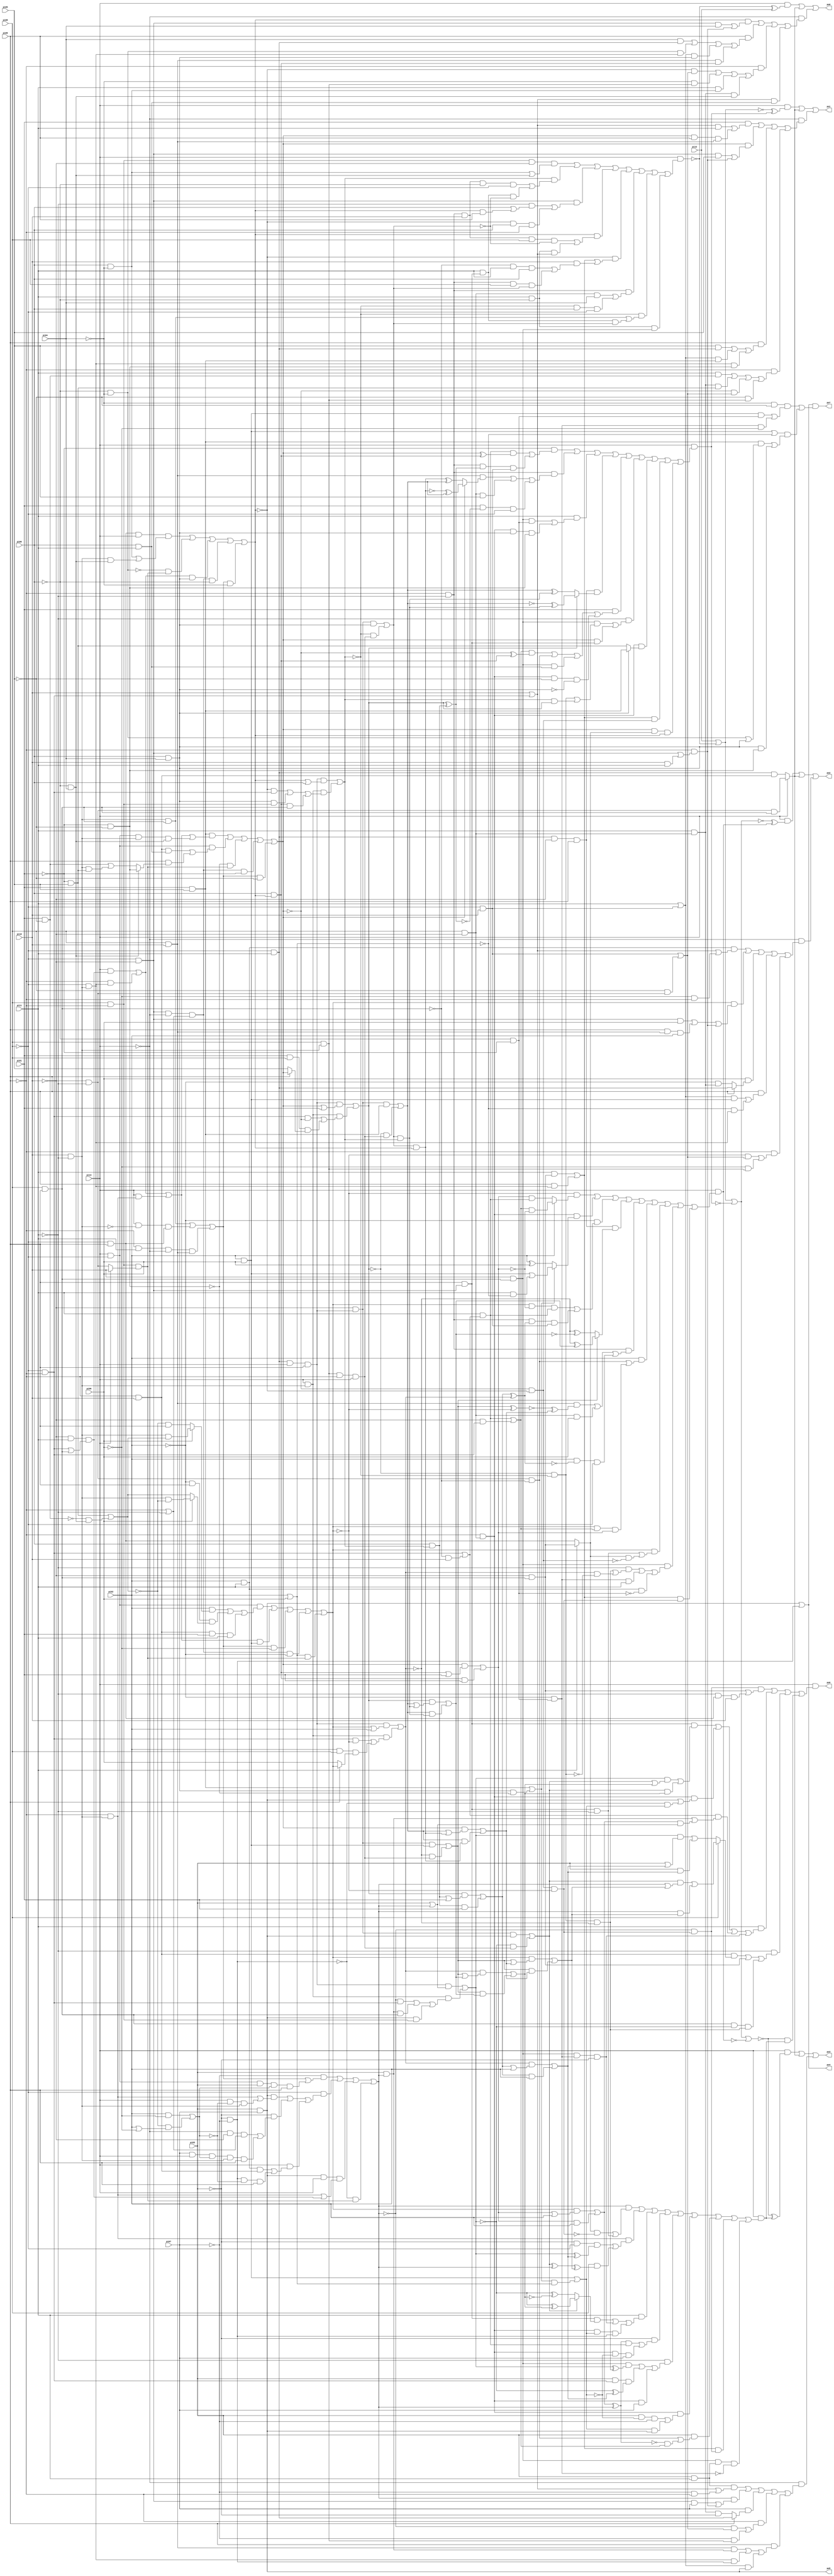
// Benchmark "alu4_cl" written by ABC on Thu Mar 19 13:02:36 2020

module alu4_cl ( 
    pi00, pi01, pi02, pi03, pi04, pi05, pi06, pi07, pi08, pi09, pi10, pi11,
    pi12, pi13,
    po0, po1, po2, po3, po4, po5, po6, po7  );
  input  pi00, pi01, pi02, pi03, pi04, pi05, pi06, pi07, pi08, pi09,
    pi10, pi11, pi12, pi13;
  output po0, po1, po2, po3, po4, po5, po6, po7;
  wire new_n31_, new_n32_, new_n33_, new_n34_, new_n35_, new_n36_, new_n37_,
    new_n38_, new_n39_, new_n40_, new_n41_, new_n42_, new_n43_, new_n44_,
    new_n45_, new_n46_, new_n47_, new_n48_, new_n49_, new_n50_, new_n51_,
    new_n52_, new_n53_, new_n54_, new_n55_, new_n56_, new_n57_, new_n58_,
    new_n59_, new_n60_, new_n61_, new_n62_, new_n63_, new_n64_, new_n65_,
    new_n66_, new_n67_, new_n68_, new_n69_, new_n70_, new_n71_, new_n72_,
    new_n73_, new_n74_, new_n75_, new_n76_, new_n77_, new_n78_, new_n79_,
    new_n80_, new_n81_, new_n82_, new_n83_, new_n84_, new_n85_, new_n86_,
    new_n87_, new_n88_, new_n89_, new_n90_, new_n91_, new_n92_, new_n93_,
    new_n94_, new_n95_, new_n96_, new_n97_, new_n98_, new_n99_, new_n100_,
    new_n101_, new_n102_, new_n103_, new_n104_, new_n105_, new_n106_,
    new_n107_, new_n108_, new_n109_, new_n110_, new_n111_, new_n112_,
    new_n113_, new_n114_, new_n115_, new_n116_, new_n117_, new_n118_,
    new_n119_, new_n120_, new_n121_, new_n122_, new_n123_, new_n124_,
    new_n125_, new_n126_, new_n127_, new_n128_, new_n129_, new_n130_,
    new_n131_, new_n132_, new_n133_, new_n134_;
  assign po0 = (pi13 & (~new_n103_ ^ pi12)) | new_n54_ | (~pi13 & ((new_n105_ & ((new_n57_ & pi04) | (~pi09 & new_n62_))) | (pi09 & ((pi04 & new_n60_) | (new_n106_ & new_n61_) | (new_n58_ & new_n107_) | (new_n59_ & new_n108_))) | (~pi09 & ((~new_n105_ & new_n63_) | (~pi04 & new_n65_) | (pi11 & new_n109_) | (new_n64_ & new_n110_))) | (new_n55_ & new_n104_)));
  assign po1 = (pi13 & (~new_n81_ ^ new_n82_)) | new_n54_ | (~pi13 & ((pi01 & ((new_n55_ & pi11) | (new_n83_ & pi09 & new_n59_))) | (new_n83_ & ((new_n57_ & pi05) | (~pi09 & new_n62_))) | (pi09 & ((pi05 & new_n60_) | (new_n58_ & new_n87_) | (new_n61_ & new_n86_))) | (~pi09 & ((pi11 & new_n84_) | (new_n64_ & new_n85_) | (~new_n83_ & new_n63_) | (~pi05 & new_n65_)))));
  assign po2 = (pi13 & (~new_n66_ ^ new_n67_)) | new_n54_ | (~pi13 & ((new_n68_ & (new_n55_ | (~pi06 & ~pi09))) | (new_n69_ & ((new_n57_ & pi06) | (pi09 & new_n59_ & pi02) | (~pi09 & new_n62_))) | (pi06 & (pi09 ? new_n60_ : (~pi02 & new_n64_))) | (pi09 & ((new_n58_ & new_n71_) | (~new_n70_ & new_n61_))) | (~pi09 & ((~new_n69_ & new_n63_) | (~pi06 & new_n65_)))));
  assign po3 = (pi13 & (~new_n31_ ^ new_n34_)) | new_n54_ | (~pi13 & ((new_n56_ & (new_n55_ | (~pi07 & ~pi09))) | (new_n52_ & ((new_n57_ & pi07) | (~pi09 & new_n62_))) | (pi07 & (pi09 ? new_n60_ : (new_n64_ & ~pi03))) | (~pi09 & ((~new_n52_ & new_n63_) | (~pi07 & new_n65_))) | (pi09 & ((new_n59_ & new_n46_) | (new_n61_ & new_n48_) | (new_n58_ & po5)))));
  assign po4 = po5 | new_n48_;
  assign po5 = pi03 & pi07;
  assign po6 = pi13 & ((new_n32_ & (new_n33_ | (~pi11 & new_n36_ & pi10))) | (pi11 & ((new_n42_ & ((new_n38_ & (new_n44_ | new_n45_)) | (new_n44_ & new_n45_))) | (new_n41_ & (po5 | (~new_n48_ & new_n49_))) | ((new_n50_ | (~new_n35_ & pi10)) & (new_n46_ | (new_n47_ & (pi03 | new_n52_)))) | (new_n40_ & new_n43_ & ~pi03))) | (~pi11 & ((new_n37_ & (pi08 ? ((new_n44_ & (new_n52_ | new_n53_)) | (new_n52_ & new_n53_)) : ((new_n38_ & (pi03 | new_n51_)) | (pi03 & new_n51_)))) | new_n33_ | (new_n35_ & ~new_n38_ & new_n39_))) | (~new_n31_ & new_n34_));
  assign po7 = po4 & ((~pi04 & ~pi05 & ((new_n71_ & new_n100_) | (new_n43_ & ~pi06))) | ((new_n71_ | ~new_n70_) & ((new_n87_ & (new_n106_ | new_n107_)) | (new_n107_ & new_n86_))));
  assign new_n31_ = new_n66_ | ~new_n67_;
  assign new_n32_ = ~new_n52_ & new_n75_;
  assign new_n33_ = ~pi10 & new_n35_;
  assign new_n34_ = pi13 & ((new_n52_ & ((new_n73_ & ~new_n75_) | (new_n42_ & ~pi11))) | (new_n74_ & ((~pi03 & ~pi08 & (new_n38_ ^ new_n51_)) | (pi08 & (new_n78_ ^ new_n53_)))) | (pi11 & ((new_n42_ & (new_n44_ ? (~new_n38_ ^ new_n45_) : (~new_n38_ ^ ~new_n45_))) | (new_n40_ & new_n43_ & ~pi03) | (new_n41_ & new_n49_ & new_n48_))) | (~pi03 & ((new_n76_ & new_n77_) | (new_n41_ & ~new_n49_ & pi07))) | (~pi11 & ((new_n40_ & (new_n38_ ^ new_n39_)) | (pi03 & new_n50_ & (~new_n38_ ^ new_n51_)) | (new_n41_ & pi07))) | (new_n41_ & ((pi03 & ~new_n49_ & ~pi07) | (new_n49_ & po5))) | (pi03 & (new_n80_ | (~new_n76_ & new_n79_))) | (new_n72_ & new_n32_) | (new_n40_ & new_n56_ & ~new_n43_));
  assign new_n35_ = pi08 & pi09;
  assign new_n36_ = ~pi08 & pi09;
  assign new_n37_ = ~pi09 & pi10;
  assign new_n38_ = (new_n125_ & (new_n52_ | pi03)) | (new_n124_ & ((~new_n52_ & new_n50_) | (new_n46_ & new_n35_) | (po5 & new_n118_)));
  assign new_n39_ = new_n101_ & ~new_n92_;
  assign new_n40_ = pi10 & new_n35_;
  assign new_n41_ = ~pi09 & new_n94_;
  assign new_n42_ = pi09 & new_n57_;
  assign new_n43_ = ~pi02 & new_n100_;
  assign new_n44_ = (new_n121_ & po5) | (~new_n38_ & new_n122_);
  assign new_n45_ = (new_n92_ & (new_n91_ | new_n93_)) | (new_n91_ & new_n93_);
  assign new_n46_ = pi03 & new_n52_;
  assign new_n47_ = (new_n69_ & (new_n98_ | pi02)) | (new_n98_ & pi02);
  assign new_n48_ = ~pi03 & ~pi07;
  assign new_n49_ = new_n71_ | (new_n90_ & new_n70_);
  assign new_n50_ = ~pi08 & ~pi09;
  assign new_n51_ = (new_n92_ & (new_n120_ | pi02)) | (new_n120_ & pi02);
  assign new_n52_ = (~pi07 & (new_n126_ | (pi13 & ~pi08 & pi03 & new_n129_ & pi09))) | (~pi08 & ((po5 & (new_n74_ | (pi13 & ~new_n129_ & new_n117_))) | (~pi03 & ((~pi13 & ~pi10 & (~pi09 | ~pi11)) | (pi07 & pi13 & new_n129_ & new_n117_ & pi09))) | (pi13 & ((new_n68_ & new_n37_) | (new_n48_ & ~new_n129_ & pi09))))) | (po5 & pi13 & (new_n74_ | new_n128_)) | (~new_n48_ & new_n127_);
  assign new_n53_ = (new_n69_ & (new_n91_ | new_n96_)) | (new_n91_ & new_n96_);
  assign new_n54_ = pi13 ? (new_n134_ & new_n35_) : (new_n60_ & new_n37_);
  assign new_n55_ = pi10 | new_n50_;
  assign new_n56_ = pi03 & pi11;
  assign new_n57_ = ~pi08 & ~pi10;
  assign new_n58_ = pi11 | new_n99_;
  assign new_n59_ = pi08 & pi10;
  assign new_n60_ = ~pi08 & pi11;
  assign new_n61_ = ~pi08 & new_n117_;
  assign new_n62_ = new_n57_ | (pi10 & pi11);
  assign new_n63_ = new_n99_ | (pi08 & new_n134_);
  assign new_n64_ = pi11 & new_n94_;
  assign new_n65_ = pi08 & new_n117_;
  assign new_n66_ = new_n81_ | ~new_n82_;
  assign new_n67_ = pi13 & ((~new_n69_ & (pi02 ? (new_n79_ & ~new_n98_) : (new_n98_ & new_n77_))) | (new_n41_ & (new_n90_ ? (new_n71_ | (pi11 & ~new_n70_)) : (pi02 ^ pi06))) | (~pi02 & ((new_n69_ & ~new_n98_ & new_n77_) | (new_n88_ & new_n97_ & new_n99_))) | (new_n89_ & (new_n91_ ? (~new_n92_ ^ new_n93_) : (~new_n92_ ^ ~new_n93_))) | (new_n88_ & ((new_n59_ & (~new_n95_ ^ new_n96_)) | (new_n94_ & pi06) | (pi02 & ~new_n97_ & ~pi08))) | (pi02 & (new_n80_ | (new_n69_ & new_n79_ & new_n98_))) | (new_n69_ & ((~pi11 & new_n42_) | (new_n73_ & ~new_n102_))) | (new_n40_ & ((~pi11 & (new_n39_ | (new_n92_ & ~new_n101_))) | (new_n43_ & pi11) | (new_n68_ & ~new_n100_))) | (new_n72_ & new_n75_));
  assign new_n68_ = pi02 & pi11;
  assign new_n69_ = (pi13 & ~pi08 & ((pi02 & (pi06 ? (new_n117_ & new_n132_) : (~new_n132_ & pi09))) | (~pi02 & pi09 & (pi06 ? (new_n117_ & ~new_n132_) : new_n132_)) | (new_n37_ & pi01 & pi11))) | (new_n130_ & new_n71_) | (new_n126_ & ~pi06) | (new_n131_ & ~pi02) | (new_n70_ & new_n127_);
  assign new_n70_ = pi02 | pi06;
  assign new_n71_ = pi02 & pi06;
  assign new_n72_ = (pi11 & new_n33_) | (pi09 & new_n61_);
  assign new_n73_ = pi11 ? new_n33_ : new_n36_;
  assign new_n74_ = ~pi09 & new_n117_;
  assign new_n75_ = new_n102_ & ~new_n69_;
  assign new_n76_ = new_n47_ ^ new_n52_;
  assign new_n77_ = pi11 & (new_n50_ | (pi10 & ~new_n35_));
  assign new_n78_ = new_n44_ ^ new_n52_;
  assign new_n79_ = new_n77_ | (~pi10 & new_n50_);
  assign new_n80_ = new_n134_ & ~new_n35_;
  assign new_n81_ = pi12 | ~new_n103_;
  assign new_n82_ = pi13 & ((~pi01 & ((new_n77_ & (new_n83_ ^ new_n108_)) | (new_n88_ & new_n111_ & new_n99_))) | (new_n88_ & ((new_n59_ & (new_n83_ ? (~new_n112_ ^ new_n115_) : (new_n112_ ^ new_n115_))) | (new_n94_ & pi05) | (pi01 & ~new_n111_ & ~pi08))) | (pi11 & ((new_n40_ & new_n100_) | (new_n41_ & new_n107_ & new_n86_))) | (new_n89_ & (new_n114_ ? (~new_n115_ ^ new_n116_) : (new_n115_ ^ new_n116_))) | (pi01 & ((new_n79_ & (~new_n83_ ^ new_n108_)) | new_n80_ | (new_n40_ & new_n104_) | (new_n41_ & ~pi05 & ~new_n107_))) | (~pi11 & ((new_n40_ & (new_n101_ | (new_n113_ & new_n114_))) | (new_n83_ & new_n42_))) | (new_n41_ & (new_n107_ ? new_n87_ : new_n85_)) | (new_n72_ & new_n102_) | (new_n83_ & new_n73_ & new_n105_));
  assign new_n83_ = (new_n87_ & (new_n130_ | (pi13 & ~pi08 & new_n117_ & new_n110_))) | (pi13 & ~pi08 & ((new_n37_ & new_n104_) | (pi09 & (new_n110_ ? new_n86_ : (new_n84_ | (new_n117_ & new_n85_)))))) | (~new_n86_ & new_n127_) | (new_n131_ & ~pi01) | (new_n126_ & ~pi05);
  assign new_n84_ = pi01 & ~pi05;
  assign new_n85_ = ~pi01 & pi05;
  assign new_n86_ = ~pi01 & ~pi05;
  assign new_n87_ = pi01 & pi05;
  assign new_n88_ = ~pi09 & ~pi11;
  assign new_n89_ = new_n60_ & ~pi10 & pi09;
  assign new_n90_ = new_n87_ | (new_n107_ & ~new_n86_);
  assign new_n91_ = (new_n121_ & new_n71_) | (~new_n92_ & new_n122_);
  assign new_n92_ = (new_n125_ & (new_n69_ | pi02)) | (new_n124_ & ((new_n50_ & ~new_n69_) | (pi02 & pi08 & (pi09 ? new_n69_ : pi06))));
  assign new_n93_ = (new_n114_ & (new_n115_ | new_n116_)) | (new_n115_ & new_n116_);
  assign new_n94_ = pi08 & ~pi10;
  assign new_n95_ = new_n91_ ^ ~new_n69_;
  assign new_n96_ = (new_n83_ & (new_n115_ | new_n112_)) | (new_n115_ & new_n112_);
  assign new_n97_ = new_n120_ ^ new_n92_;
  assign new_n98_ = (new_n83_ & (new_n108_ | pi01)) | (new_n108_ & pi01);
  assign new_n99_ = ~pi08 & pi10;
  assign new_n100_ = ~pi00 & ~pi01;
  assign new_n101_ = ~new_n114_ & ~new_n113_;
  assign new_n102_ = ~new_n83_ & ~new_n105_;
  assign new_n103_ = pi13 & ((new_n118_ & ~pi10 & (new_n109_ | new_n110_)) | (new_n113_ & ((new_n88_ & pi10 & ~pi00 & ~pi08) | (pi11 & new_n42_ & ~new_n119_))) | (new_n57_ & ((~pi11 & (pi00 | (new_n105_ & pi09))) | (~new_n105_ & pi00 & ~pi09))) | (new_n105_ & ((new_n88_ & pi10 & pi08 & ~new_n119_) | (pi11 & ~pi00 & new_n55_))) | (~new_n105_ & (new_n72_ | (pi10 & ((~new_n35_ & pi11 & pi00) | (new_n88_ & pi08 & new_n119_))))) | (new_n88_ & ((new_n94_ & pi04) | (~new_n113_ & pi00 & ~pi08))) | (~new_n113_ & ((new_n117_ & new_n35_) | (pi11 & new_n42_ & new_n119_))) | (pi11 & ~pi00 & new_n40_));
  assign new_n104_ = pi00 & pi11;
  assign new_n105_ = (new_n36_ & pi13 & (new_n109_ | (new_n117_ & new_n110_))) | (~new_n106_ & new_n127_) | (new_n133_ & new_n107_) | (new_n131_ & ~pi00) | (new_n126_ & ~pi04);
  assign new_n106_ = ~pi00 & ~pi04;
  assign new_n107_ = pi00 & pi04;
  assign new_n108_ = pi00 & new_n105_;
  assign new_n109_ = pi00 & ~pi04;
  assign new_n110_ = ~pi00 & pi04;
  assign new_n111_ = new_n114_ ^ new_n123_;
  assign new_n112_ = new_n119_ & new_n105_;
  assign new_n113_ = (new_n125_ & (new_n105_ | pi00)) | (new_n124_ & ((~new_n105_ & new_n50_) | (new_n107_ & new_n118_) | (new_n108_ & new_n35_)));
  assign new_n114_ = (new_n125_ & (new_n83_ | pi01)) | (new_n124_ & ((new_n50_ & ~new_n83_) | (pi01 & pi08 & (pi09 ? new_n83_ : pi05))));
  assign new_n115_ = (new_n121_ & new_n87_) | (~new_n114_ & new_n122_);
  assign new_n116_ = new_n119_ & new_n113_;
  assign new_n117_ = pi10 & ~pi11;
  assign new_n118_ = pi08 & ~pi09;
  assign new_n119_ = (new_n121_ & new_n107_) | (~new_n113_ & new_n122_);
  assign new_n120_ = (new_n114_ & (new_n123_ | pi01)) | (new_n123_ & pi01);
  assign new_n121_ = ~pi10 & new_n125_;
  assign new_n122_ = new_n65_ & ~pi09 & pi13;
  assign new_n123_ = pi00 & new_n113_;
  assign new_n124_ = pi13 & new_n117_;
  assign new_n125_ = new_n60_ & pi13 & pi09;
  assign new_n126_ = (new_n117_ & new_n35_) | (pi13 & ~new_n117_ & new_n36_) | (~pi09 & pi11 & ~pi13 & new_n59_);
  assign new_n127_ = new_n118_ & (pi13 ? pi10 : new_n134_);
  assign new_n128_ = ~pi10 & pi11 & (new_n50_ | new_n35_);
  assign new_n129_ = (pi02 & ~pi06) | (~new_n132_ & (pi02 | ~pi06));
  assign new_n130_ = new_n133_ | (pi13 & new_n74_);
  assign new_n131_ = new_n57_ & ~pi13 & (~pi09 | ~pi11);
  assign new_n132_ = new_n85_ | (~new_n84_ & new_n110_);
  assign new_n133_ = (pi13 & new_n128_) | (~pi09 & new_n61_);
  assign new_n134_ = ~pi10 & ~pi11;
endmodule